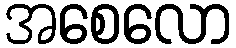
အစေလော